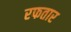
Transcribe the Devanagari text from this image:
रफतार